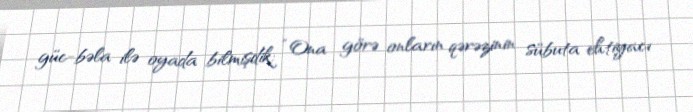
güc-bəla ilə oyada bilmişdik: “Ona görə onların qərəzinin sübuta ehtiyacı